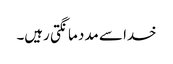
خدا سے مدد مانگتی رہیں۔